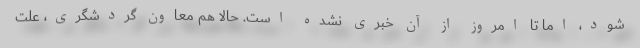
شود، اما تا امروز از آن خبری نشده است. حالا هم معاون گردشگری، علت